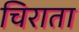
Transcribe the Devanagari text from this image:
चिराता